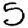
Digit: 5